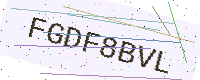
Text: FGDF8BVL